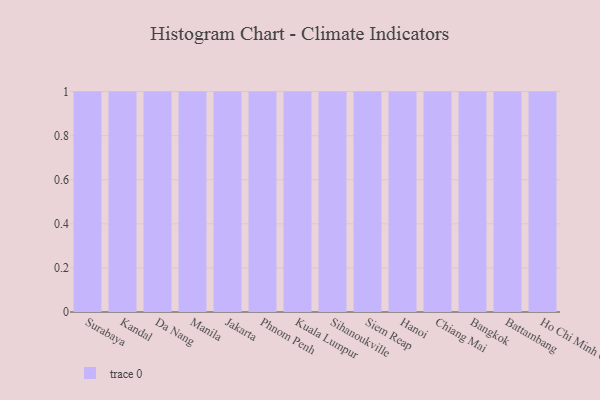
{"axis": {"x": "City", "y": "Budget (USD K)"}, "legend": [""], "data": [{"x": "Surabaya", "y": 23, "type": ""}, {"x": "Kandal", "y": 78, "type": ""}, {"x": "Da Nang", "y": 48, "type": ""}, {"x": "Manila", "y": 67, "type": ""}, {"x": "Jakarta", "y": 91, "type": ""}, {"x": "Phnom Penh", "y": 38, "type": ""}, {"x": "Kuala Lumpur", "y": 84, "type": ""}, {"x": "Sihanoukville", "y": 94, "type": ""}, {"x": "Siem Reap", "y": 49, "type": ""}, {"x": "Hanoi", "y": 96, "type": ""}, {"x": "Chiang Mai", "y": 45, "type": ""}, {"x": "Bangkok", "y": 42, "type": ""}, {"x": "Battambang", "y": 33, "type": ""}, {"x": "Ho Chi Minh City", "y": 26, "type": ""}]}